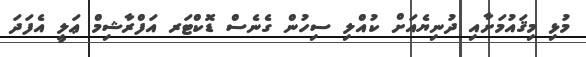
މުޅި މިޤައުމަށާއި ދުނިޔެއަށް ކުއްލި ސިހުން ގެނެސް ޑޮކްޓަރ އަފްރާޝިމް ޢަލީ އެފަދަ